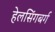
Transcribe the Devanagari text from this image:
हेलसिंगबर्ग